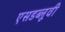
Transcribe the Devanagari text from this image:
एसडब्लूवी